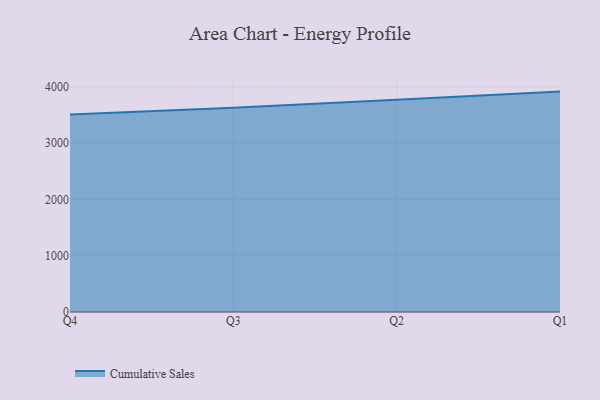
{"axis": {"x": "Quarter", "y": "Headcount"}, "legend": ["Cumulative Sales"], "data": [{"x": "Q4", "y": 3507.1, "type": "Cumulative Sales"}, {"x": "Q3", "y": 3627.4, "type": "Cumulative Sales"}, {"x": "Q2", "y": 3769.7, "type": "Cumulative Sales"}, {"x": "Q1", "y": 3912.9, "type": "Cumulative Sales"}]}